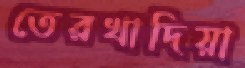
তেরখাদিয়া